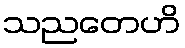
သညတေဟိ